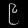
Digit: ၉